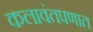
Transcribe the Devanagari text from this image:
कलावंतपणात